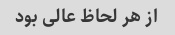
از هر لحاظ عالی بود